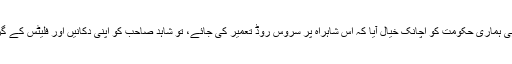
ہمیشہ سے غفلت کی نیند سورہی ہماری حکومت کو اچانک خیال آیا کہ اس شاہراہ پر سروس روڈ تعمیر کی جائے، تو شاہد صاحب کو اپنی دکانیں اور فلیٹس کے گرائے جانے کا خدشہ لاحق ہوا۔